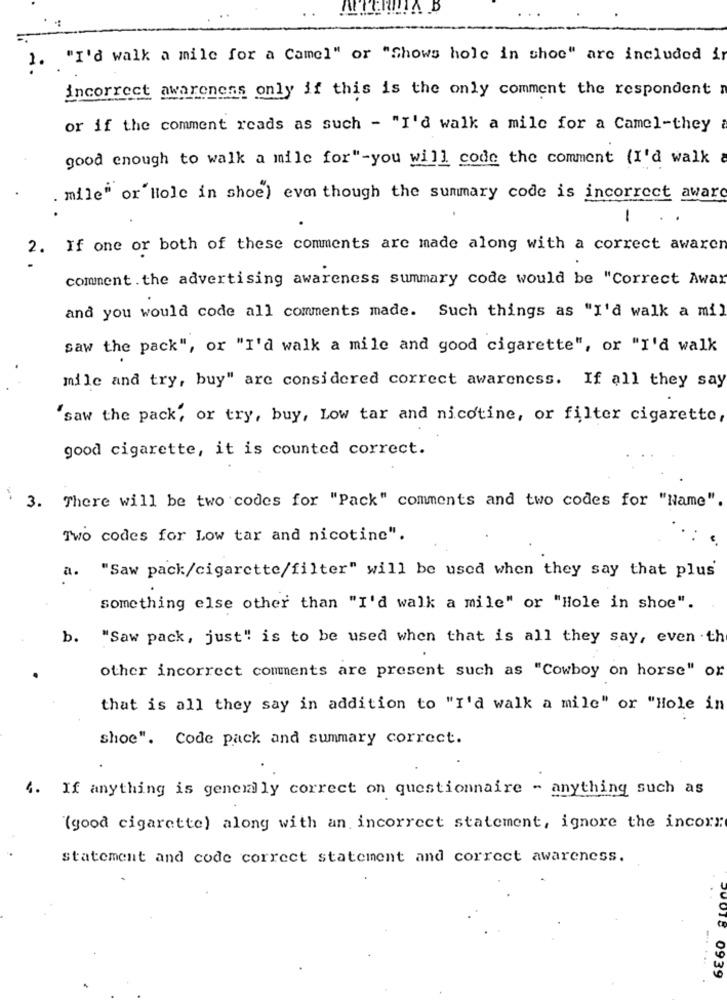
1. "I'd walk a mile for a Camel" or "Shows hole in shoe" are included in
incorrect awareness only if this is the only comment the respondent
or if the comment reads as such - "I'd walk a mile for a Camel-they
good enough to walk a mile for"-you will code the comment (I'd walk
. mile" or Hole in shoe) even though the summary code is incorrect award
-
2. If one or both of these comments are made along with a correct awaren
comment . the advertising awareness summary code would be "Correct Awar
and you would code all comments made. Such things as "I'd walk a mil
saw the pack", or "I'd walk a mile and good cigarette", or "I'd walk
mile and try, buy" are considered correct awareness. If all they say
saw the pack, or try, buy, Low tar and nicotine, or filter cigarette,
good cigarette, it is counted correct.
3. There will be two codes for "Pack" comments and two codes for "Name".
Two codes for Low tar and nicotine".
a.
"Saw pack/cigarette/filter" will be used when they say that plus
something else other than "I'd walk a mile" or "Hole in shoe".
b.
"Saw pack, just" is to be used when that is all they say, even .the
other incorrect comments are present such as "Cowboy on horse" or
that is all they say in addition to "I'd walk a mile" or "Hole in
shoe". Code pack and summary correct.
4. If anything is generally correct on questionnaire - anything such as
"(good cigarette) along with an incorrect statement, ignore the incorr
statement and code correct statement and correct awareness.
500TE 0939